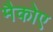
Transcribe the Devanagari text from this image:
मैकोए